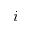
i